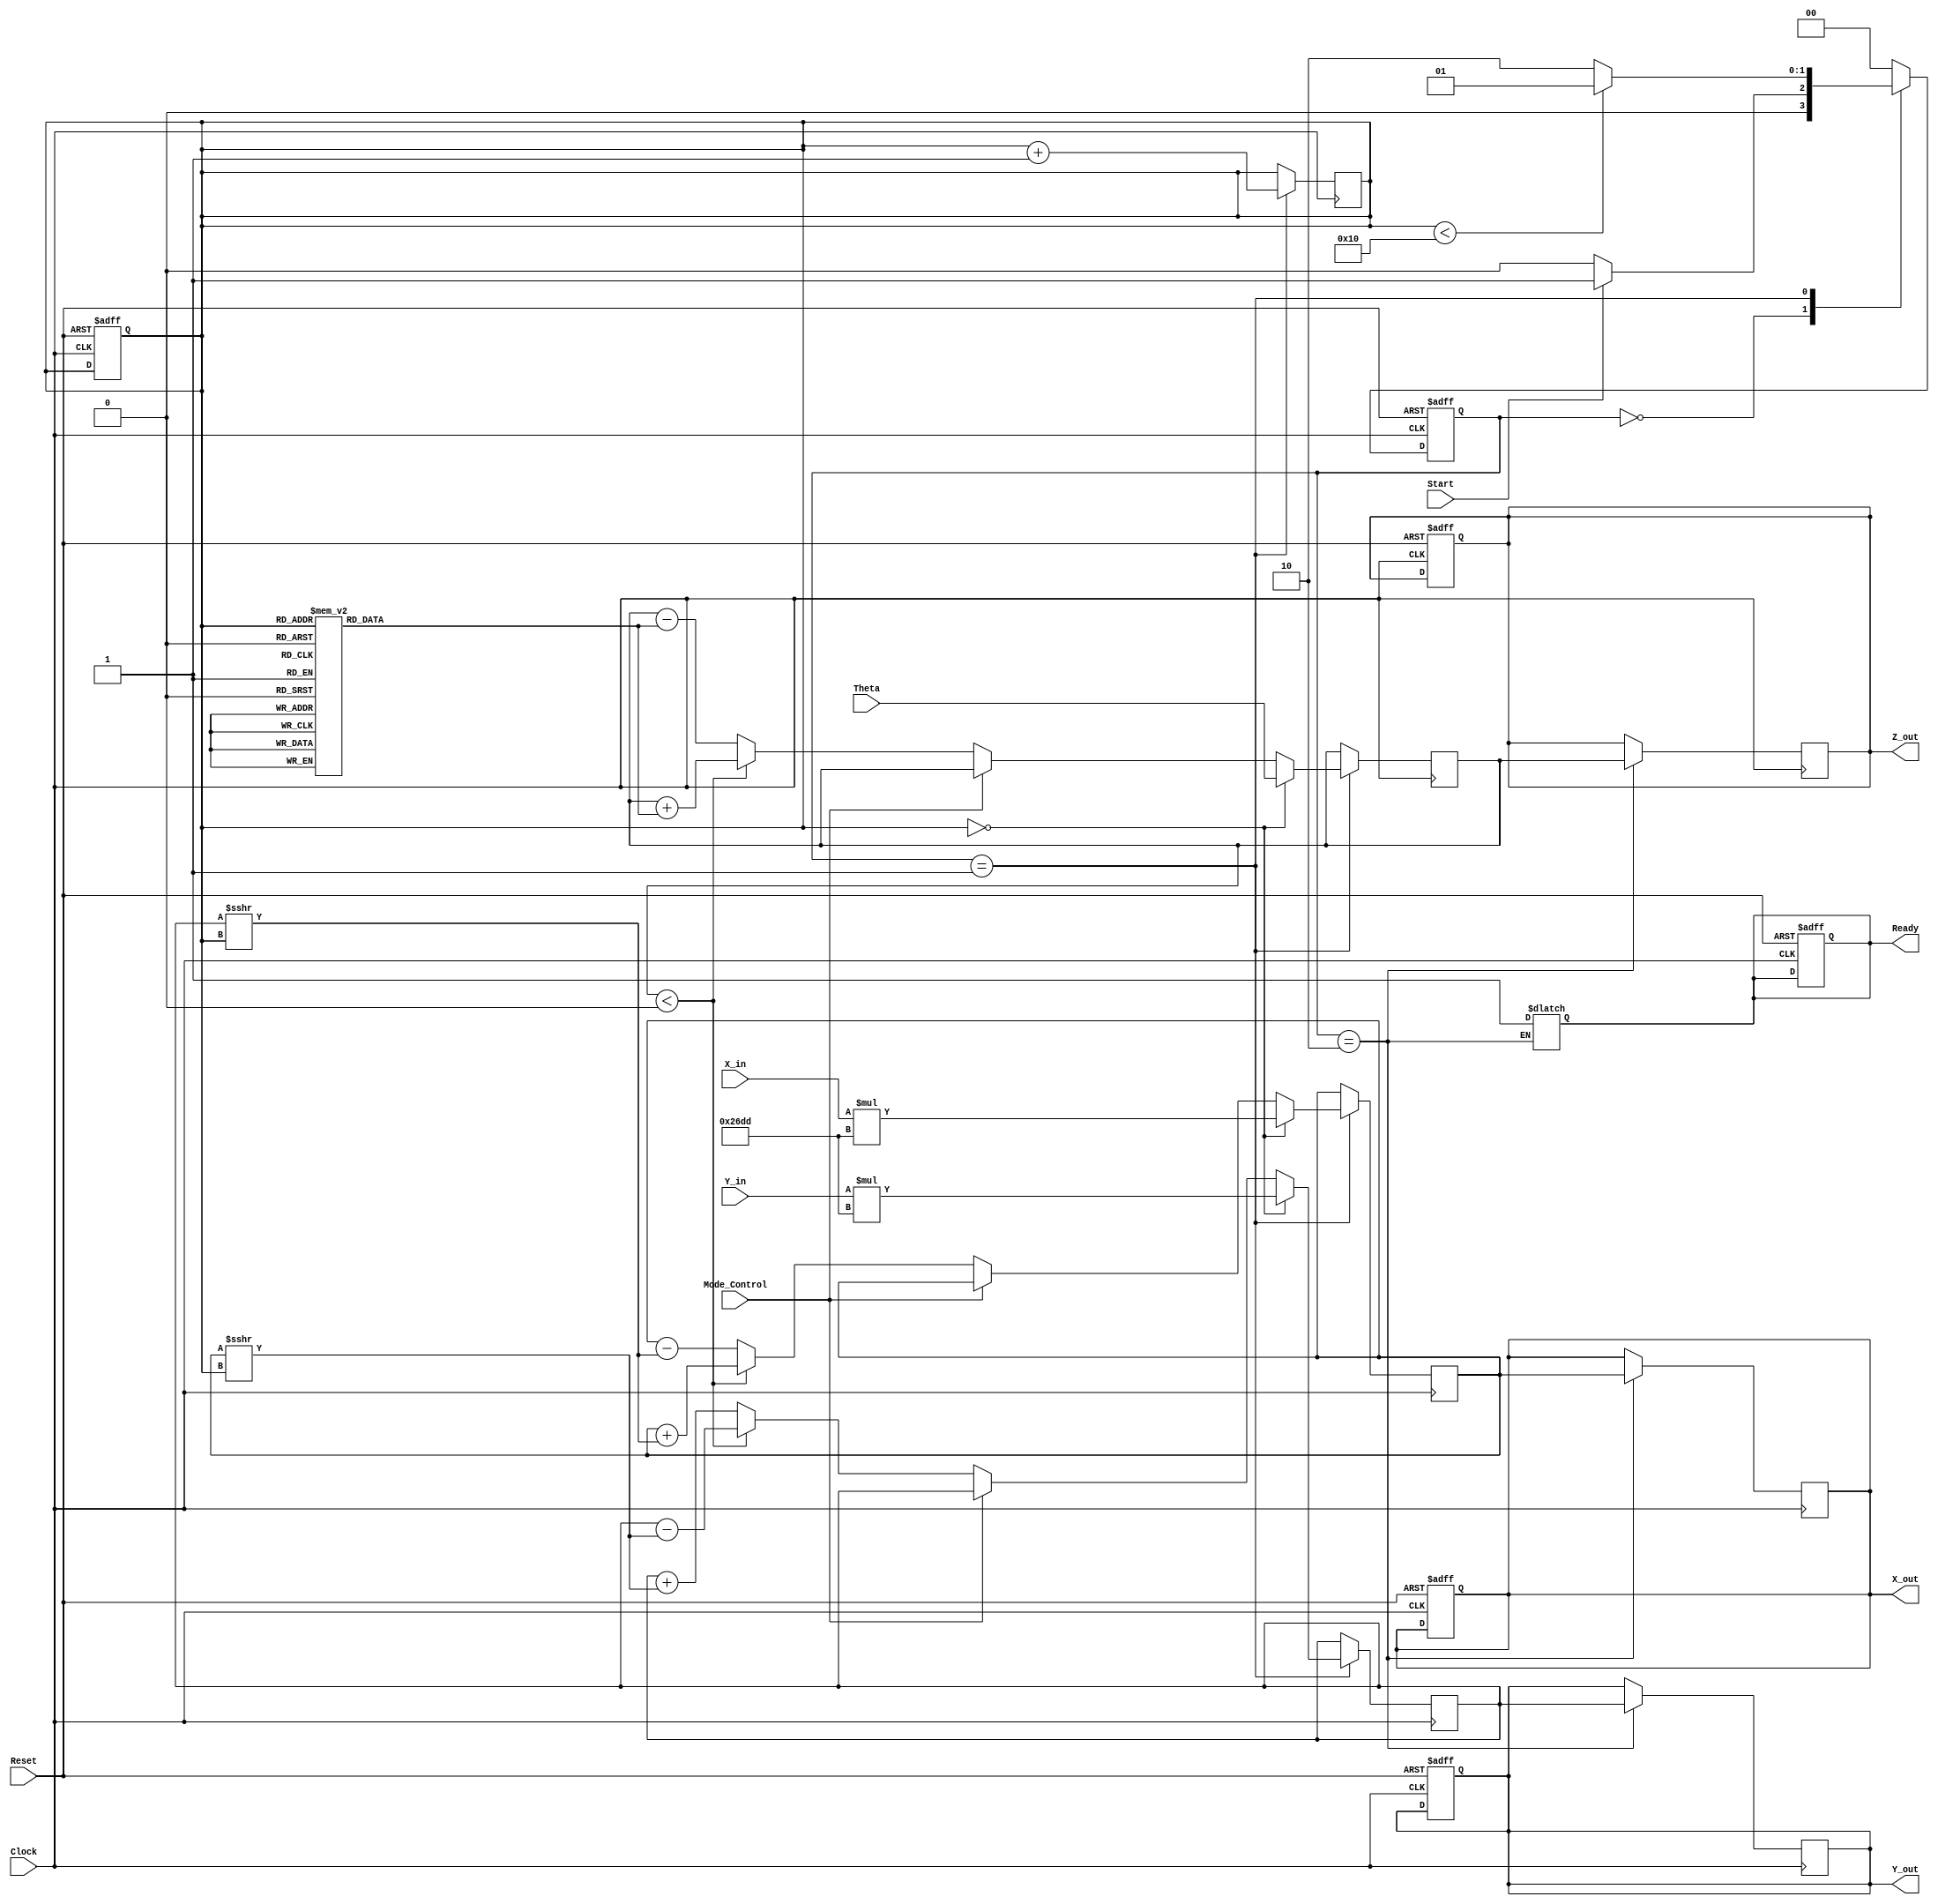
module cordic_2d (
    input wire signed [15:0] X_in,      // Input X coordinate
    input wire signed [15:0] Y_in,      // Input Y coordinate
    input wire signed [15:0] Theta,      // Angle input
    input wire Mode_Control,             // Mode control (0: rotation, 1: vectoring)
    input wire Start,                    // Start signal
    input wire Clock,                    // Clock signal
    input wire Reset,                    // Asynchronous reset
    output reg signed [15:0] X_out,     // Output X coordinate
    output reg signed [15:0] Y_out,     // Output Y coordinate
    output reg signed [15:0] Z_out,      // Output angle
    output reg Ready                     // Ready signal
);

    // Parameters
    parameter NUM_ITERATIONS = 16;      // Number of iterations
    parameter [15:0] K = 16'h26DD;      // Scaling factor (K = 1/sqrt(1 + 2^(-2n)))

    // Internal signals
    reg signed [15:0] x_reg, y_reg;     // Internal registers for X and Y
    reg signed [15:0] z_reg;             // Internal register for Z
    reg [3:0] iteration;                 // Iteration counter
    reg [1:0] state;                     // FSM state
    reg [1:0] next_state;                // Next state for FSM

    // State encoding
    localparam IDLE = 2'b00;
    localparam COMPUTE = 2'b01;
    localparam DONE = 2'b10;

    // Look-Up Table for arctangent values
    reg signed [15:0] atan_table [0:NUM_ITERATIONS-1];

    // Initialize arctangent values
    initial begin
        atan_table[0] = 16'h2000; // atan(2^0)
        atan_table[1] = 16'h1333; // atan(2^-1)
        atan_table[2] = 16'h0A3D; // atan(2^-2)
        atan_table[3] = 16'h0519; // atan(2^-3)
        atan_table[4] = 16'h028B; // atan(2^-4)
        atan_table[5] = 16'h0142; // atan(2^-5)
        atan_table[6] = 16'h00A1; // atan(2^-6)
        atan_table[7] = 16'h0051; // atan(2^-7)
        // ... (continue filling the table)
    end

    // FSM for control logic
    always @(posedge Clock or posedge Reset) begin
        if (Reset) begin
            state <= IDLE;
            Ready <= 1'b0;
            iteration <= 0;
            X_out <= 0;
            Y_out <= 0;
            Z_out <= 0;
        end else begin
            state <= next_state;
        end
    end

    // Next state logic
    always @(*) begin
        case (state)
            IDLE: begin
                if (Start) begin
                    next_state = COMPUTE;
                end else begin
                    next_state = IDLE;
                end
            end
            COMPUTE: begin
                if (iteration < NUM_ITERATIONS) begin
                    next_state = COMPUTE;
                end else begin
                    next_state = DONE;
                end
            end
            DONE: begin
                Ready = 1'b1;
                next_state = IDLE;
            end
            default: next_state = IDLE;
        endcase
    end

    // CORDIC computation logic
    always @(posedge Clock) begin
        if (state == COMPUTE) begin
            if (iteration == 0) begin
                x_reg <= X_in * K; // Scale input X
                y_reg <= Y_in * K; // Scale input Y
                z_reg <= Theta;    // Initialize Z
            end else begin
                // CORDIC rotation logic
                if (Mode_Control == 0) begin // Rotation mode
                    if (z_reg < 0) begin
                        x_reg <= x_reg + (y_reg >>> iteration);
                        y_reg <= y_reg - (x_reg >>> iteration);
                        z_reg <= z_reg + atan_table[iteration];
                    end else begin
                        x_reg <= x_reg - (y_reg >>> iteration);
                        y_reg <= y_reg + (x_reg >>> iteration);
                        z_reg <= z_reg - atan_table[iteration];
                    end
                end else begin // Vectoring mode
                    // Implement vectoring logic here
                end
            end
            iteration <= iteration + 1;
        end
    end

    // Output assignment
    always @(posedge Clock) begin
        if (state == DONE) begin
            X_out <= x_reg;
            Y_out <= y_reg;
            Z_out <= z_reg;
        end
    end

endmodule